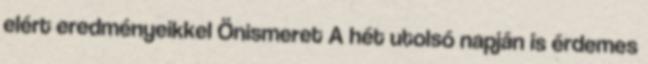
elért eredményeikkel Önismeret A hét utolsó napján is érdemes